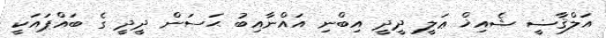
އަލްޤާޟީ ޝެއިޚް ޢަލީ ދީދީ އިބްނި އައްނާއިބު ޙަސަން ދީދީ ގެ ބައްޕައަކީ